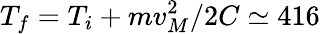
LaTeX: T_{f}=T_{i}+mv_{M}^{2}/2C\simeq 416